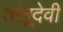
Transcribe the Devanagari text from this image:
तांतूदेवी